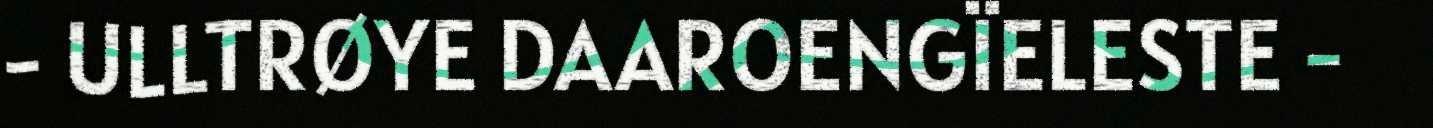
- ULLTRØYE DAAROENGÏELESTE -